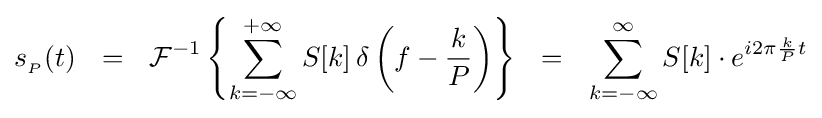
s_{_{P}}(t)\ \ =\ \ {\mathcal {F}}^{-1}\left\{\sum _{k=-\infty }^{+\infty }S[k]\,\delta \left(f-{\frac {k}{P}}\right)\right\}\ \ =\ \ \sum _{k=-\infty }^{\infty }S[k]\cdot e^{i2\pi {\frac {k}{P}}t}